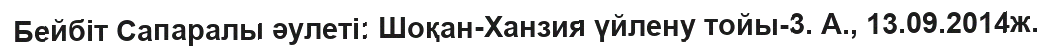
Бейбіт Сапаралы әулеті: Шоқан-Ханзия үйлену тойы-3. А., 13.09.2014ж.